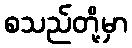
စသည်တို့မှာ